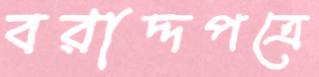
বরাদ্দপত্রে